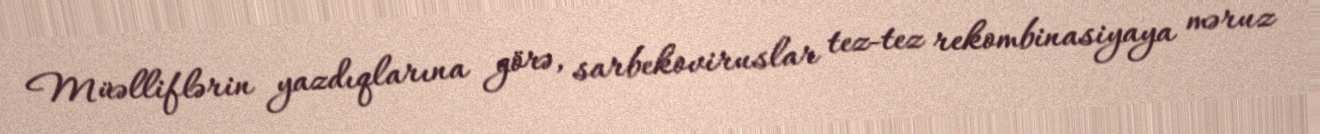
Müəlliflərin yazdıqlarına görə, sarbekoviruslar tez-tez rekombinasiyaya məruz